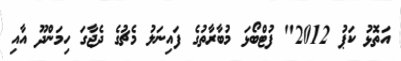
އަތޮޅު ކަޕު 2012" ފުޓްބޯޅަ މުބާރާތުގެ ފައިނަލު މެޗުގެ ދެޖާގަ ހިމަންދޫ އާއި